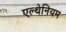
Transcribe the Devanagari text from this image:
एल्थेनियम